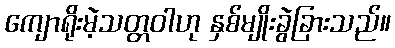
ကျောရိုးမဲ့သတ္တဝါဟု နှစ်မျိုးခွဲခြားသည်။